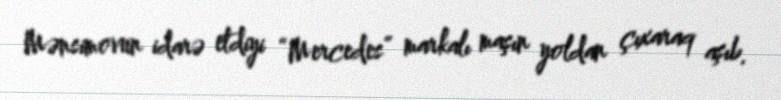
Mənsimovun idarə etdiyi “Mercedes” markalı maşın yoldan çıxaraq aşıb.